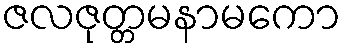
ဇလဇုတ္တမနာမကော